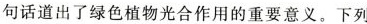
句话道出了绿色植物光合作用的重要意义。下列